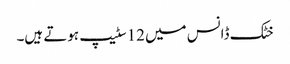
خٹک ڈانس میں 12سٹیپ ہوتے ہیں۔